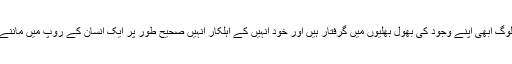
ایسے میں یہ سوال اپنے آپ میں اہم ہے کہ جو لوگ ابھی اپنے وجود کی بھول بھلیوں میں گرفتار ہیں اور خود انہیں کے اہلکار انہیں صحیح طور پر ایک انسان کے روپ میں ماننے کو تیار نہیں وہ دنیا بھر کو کیا سدھاریں گے ۔